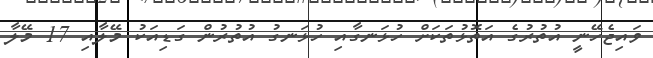
ވައިޖެހޭނީ އުތުރުގެ އަތޮޅުތަކަށް ހުޅަނގާއި ހުޅަނގު އުތުރުން ގަޑިއަކު މޭލާއި 17 މޭލާ